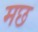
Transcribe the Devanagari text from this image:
मछ